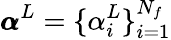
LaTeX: \pmb{\alpha}^{L}=\{ \alpha_{i}^{L}\} _{i=1}^{N_{f}}